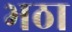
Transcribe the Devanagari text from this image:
भठा